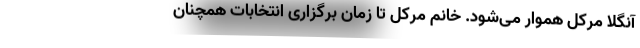
آنگلا مرکل هموار می‌شود. خانم مرکل تا زمان برگزاری انتخابات همچنان